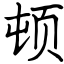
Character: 顿